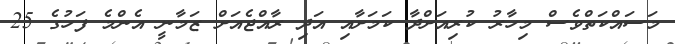
މަސައްކަތްވެސް މިހާރު ކުރިއަށްދާ ކަމަށާއި އަދި ރާއްޖެއަށް ޒަމާނީ އެންމެ ފަހުގެ 25